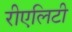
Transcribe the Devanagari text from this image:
रीएलिटी